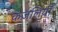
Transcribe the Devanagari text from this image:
कंजलियाँ